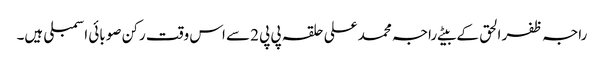
راجہ ظفر الحق کے بیٹے راجہ محمد علی حلقہ پی پی 2سے اس وقت رکن صوبائی اسمبلی ہیں۔